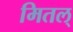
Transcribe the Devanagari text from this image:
मितल्